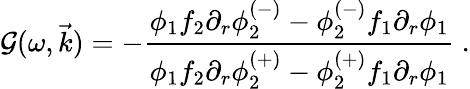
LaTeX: \mathcal{G}(\omega,\vec{{k}})=-\frac{{\phi_{1}f_{2}\partial_{r}\phi_{2}^{(-)}-\phi_{2}^{(-)}f_{1}\partial_{r}\phi_{1}}}{{\phi_{1}f_{2}\partial_{r}\phi_{2}^{(+)}-\phi_{2}^{(+)}f_{1}\partial_{r}\phi_{1}}}\ .